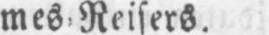
mes Reisers.